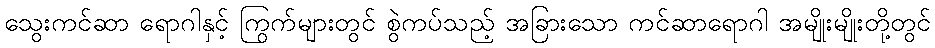
သွေးကင်ဆာ ရောဂါနှင့် ကြွက်များတွင် စွဲကပ်သည့် အခြားသော ကင်ဆာရောဂါ အမျိုးမျိုးတို့တွင်